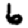
Digit: 6